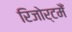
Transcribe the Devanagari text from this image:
रिजोर्टमेँ